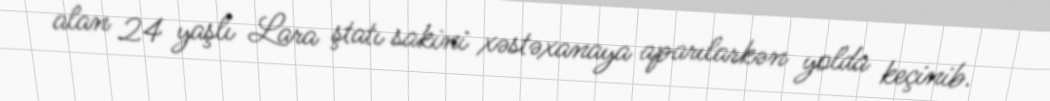
alan 24 yaşlı Lara ştatı sakini xəstəxanaya aparılarkən yolda keçinib.